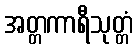
အတ္တကာရီသုတ္တံ